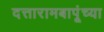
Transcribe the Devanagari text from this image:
दत्तारामबापूंच्या